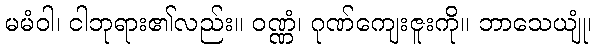
မမံဝါ၊ ငါဘုရား၏လည်း။ ဝဏ္ဏံ၊ ဂုဏ်ကျေးဇူးကို။ ဘာသေယျုံ၊